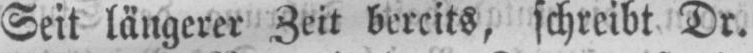
Seit längerer Zeit bereits, schreibt Dr.